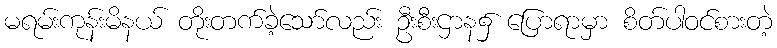
မရမ်းကုန်းမိနယ် တိုးတက်ခဲ့သော်လည်း ဦးစီးဌာန၌ ပြောရာမှာ စိတ်ပါဝင်စားတဲ့